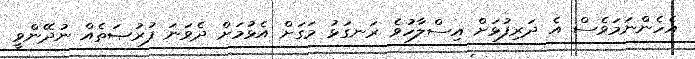
އެހެންނަމަވެސް އެ ދަރިފުޅަށް އިސްލާހުވެ ރަނގަޅު މަގަށް އެޅުމަށް ދެވަނަ ފުރުޞަތެއް ނުދޭންވީ